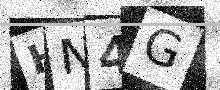
Text: HN4G